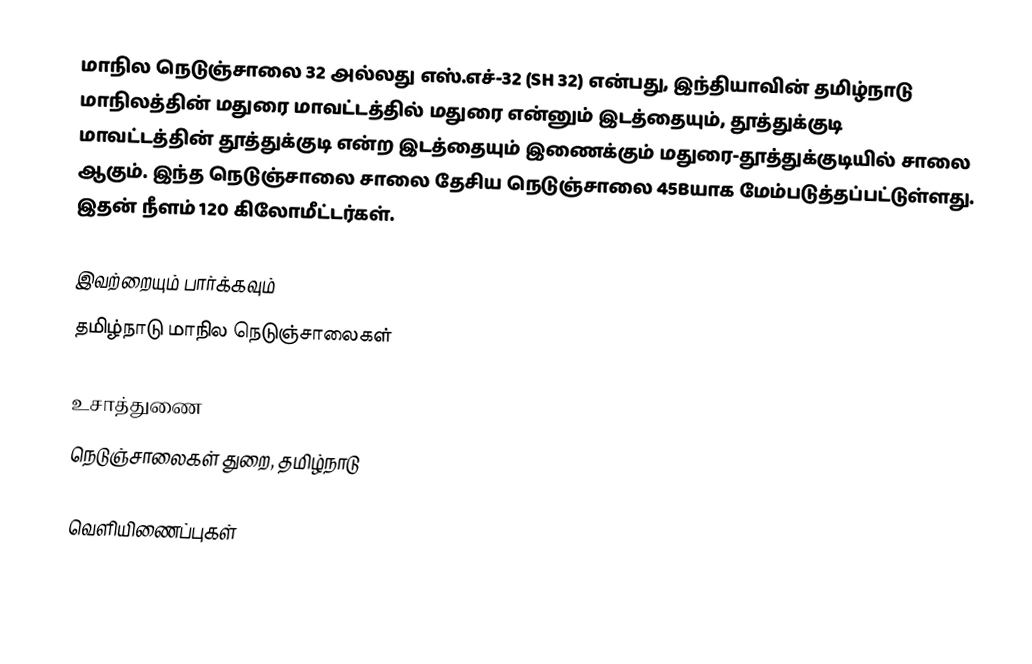
மாநில நெடுஞ்சாலை 32 அல்லது எஸ்.எச்-32 (SH 32) என்பது, இந்தியாவின் தமிழ்நாடு மாநிலத்தின் மதுரை மாவட்டத்தில் மதுரை என்னும் இடத்தையும், தூத்துக்குடி மாவட்டத்தின் தூத்துக்குடி என்ற இடத்தையும் இணைக்கும் மதுரை-தூத்துக்குடியில் சாலை ஆகும். இந்த நெடுஞ்சாலை சாலை தேசிய நெடுஞ்சாலை 45Bயாக மேம்படுத்தப்பட்டுள்ளது. இதன் நீளம் 120  கிலோமீட்டர்கள்.

இவற்றையும் பார்க்கவும்
 தமிழ்நாடு மாநில நெடுஞ்சாலைகள்

உசாத்துணை
 நெடுஞ்சாலைகள் துறை, தமிழ்நாடு

வெளியிணைப்புகள்